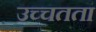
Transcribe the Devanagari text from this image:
उच्चतता